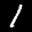
Label: 1